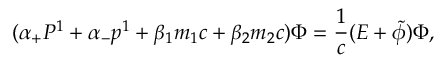
( { \alpha } _ { + } P ^ { 1 } + { \alpha } _ { - } p ^ { 1 } + { \beta } _ { 1 } m _ { 1 } c + { \beta } _ { 2 } m _ { 2 } c ) { \Phi } = \frac { 1 } { c } ( E + \tilde { \phi } ) { \Phi } ,